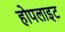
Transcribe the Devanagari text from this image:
होपलाइट